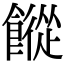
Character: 𩞆